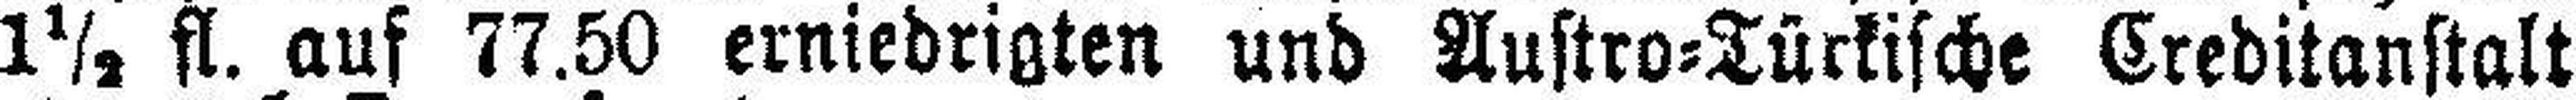
1½ fl. auf 77.50 erniedrigten und Austro=Türkische Creditanstalt